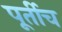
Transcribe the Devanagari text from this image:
पूर्तीच